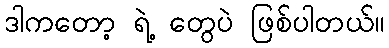
ဒါကတော့ ရဲ့ တွေပဲ ဖြစ်ပါတယ်။